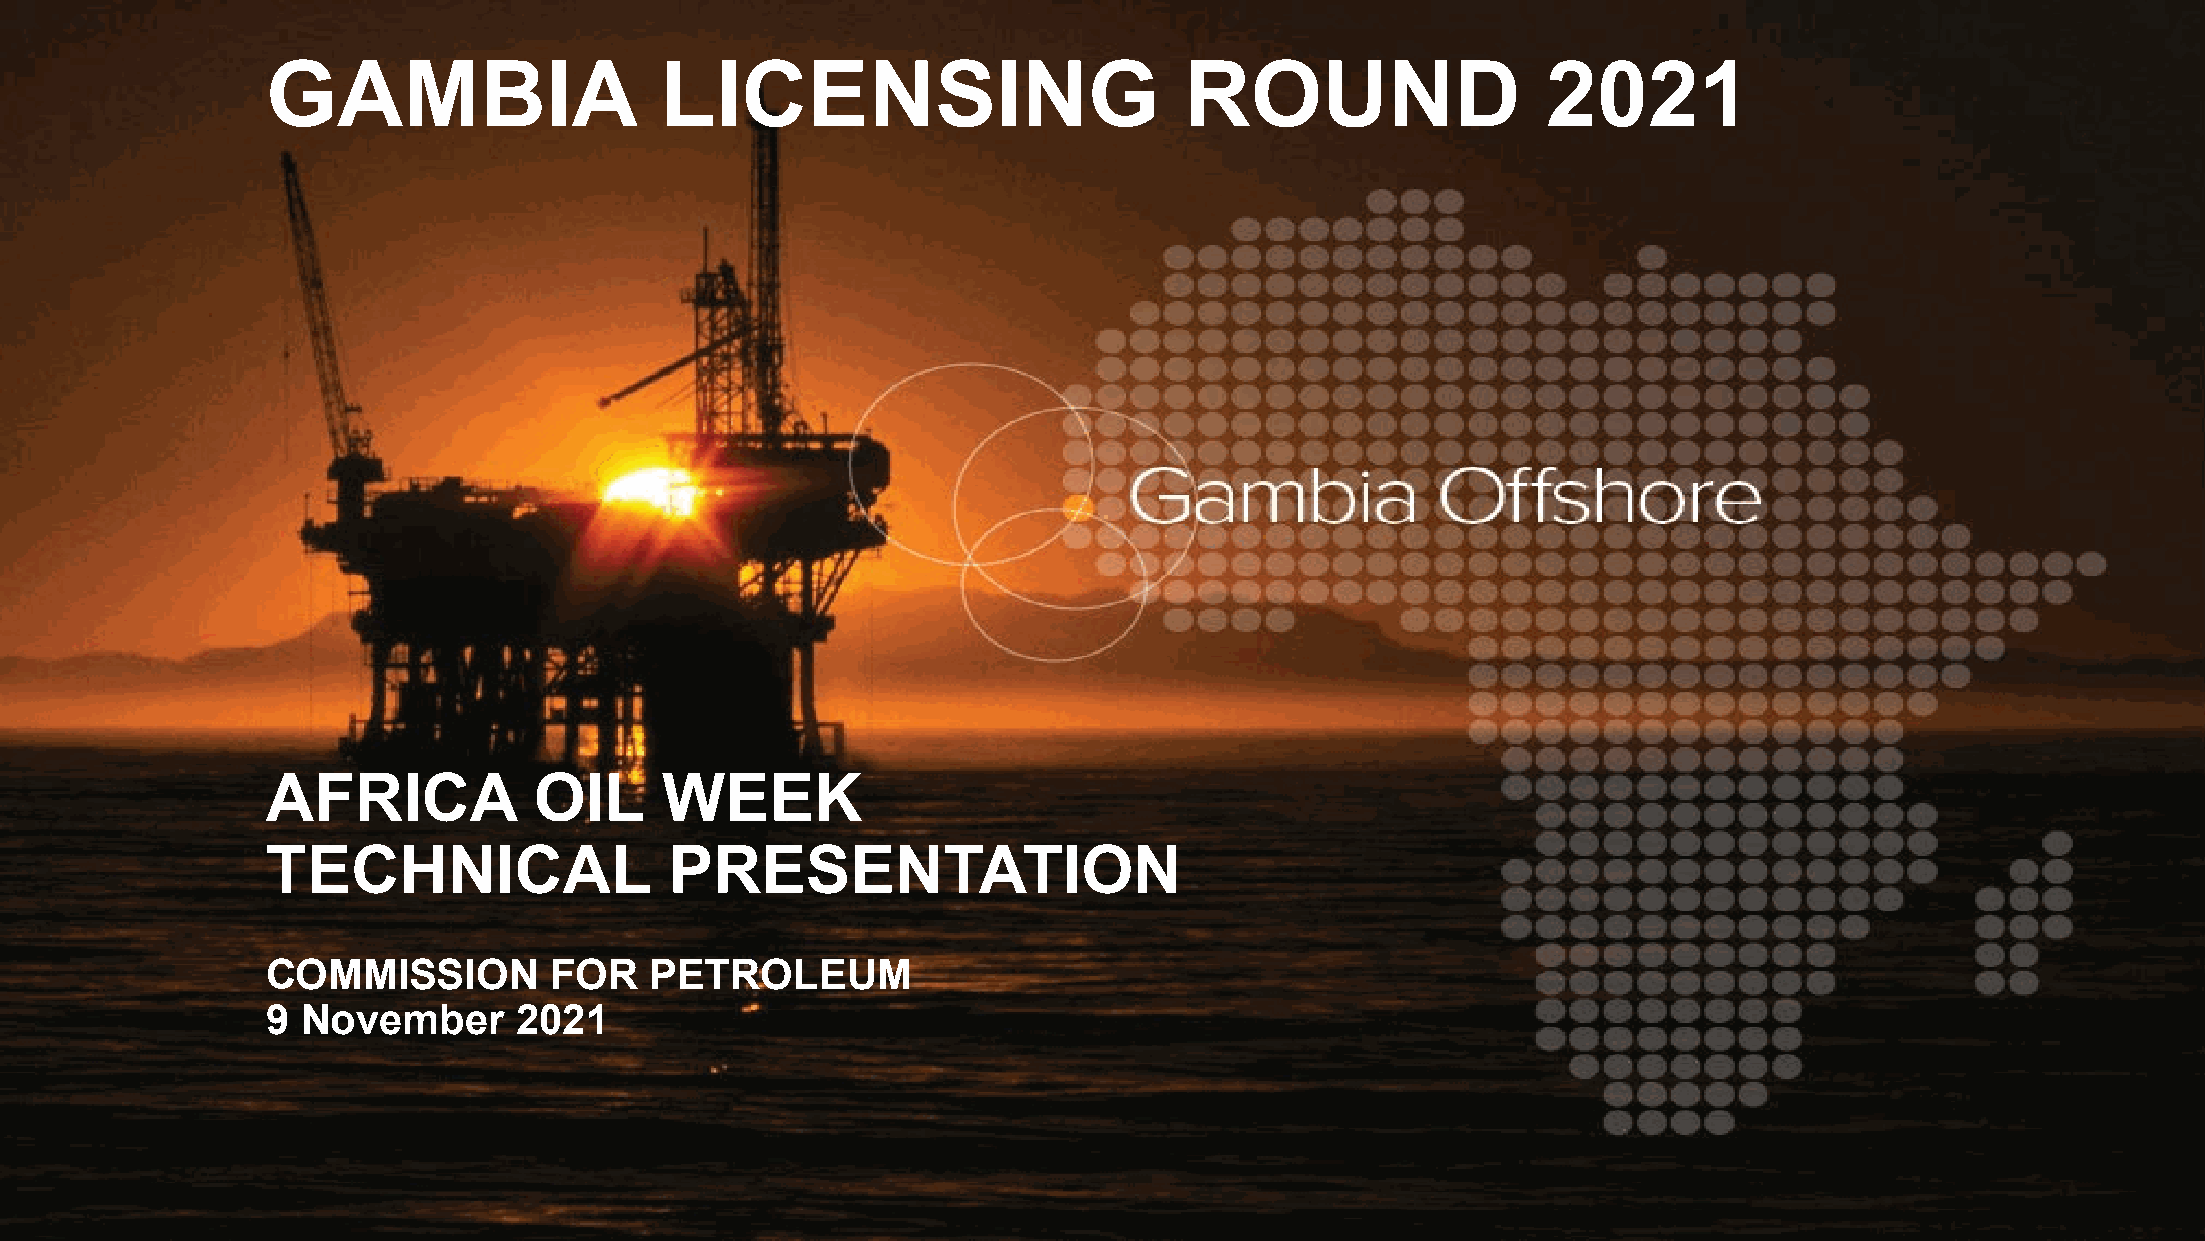
GAMBIA                    LICENSING                         ROUND                   2021
 AFRICA           OIL      WEEK
 TECHNICAL                 PRESENTATION
 COMMISSION        FOR    PETROLEUM
 9 November      2021